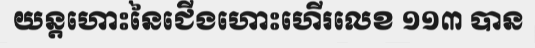
យន្តហោះនៃជើងហោះហើរលេខ ១១៣ បាន